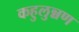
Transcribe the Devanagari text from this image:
कहुलुन्नण